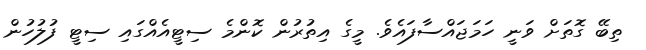
ތިބޭ ގޮތަށް ވަނީ ހަމަޖައްސާފައެވެ. މީގެ އިތުރުުން ކޮންމެ ސިޓީއެއްގައި ސިޓީ ފުލުހުން